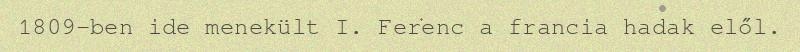
1809-ben ide menekült I. Ferenc a francia hadak elől.